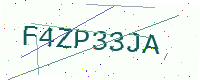
Text: F4ZP33JA